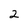
Character: 2